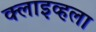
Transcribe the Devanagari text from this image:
क्लाइव्हला